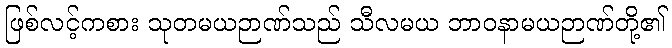
ဖြစ်လင့်ကစား သုတမယဉာဏ်သည် သီလမယ ဘာဝနာမယဉာဏ်တို့၏